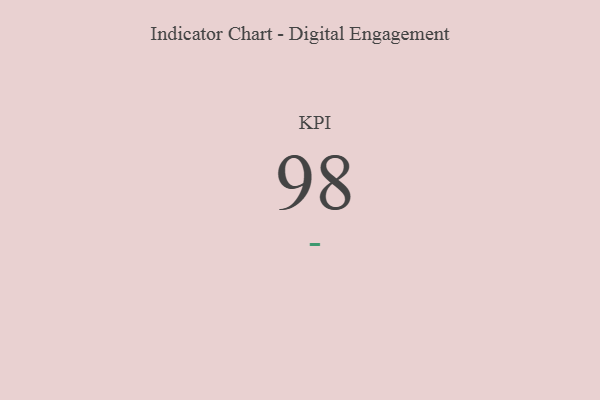
{"axis": {"x": "KPI", "y": "Value"}, "legend": [""], "data": [{"x": "KPI", "y": 98, "type": ""}]}